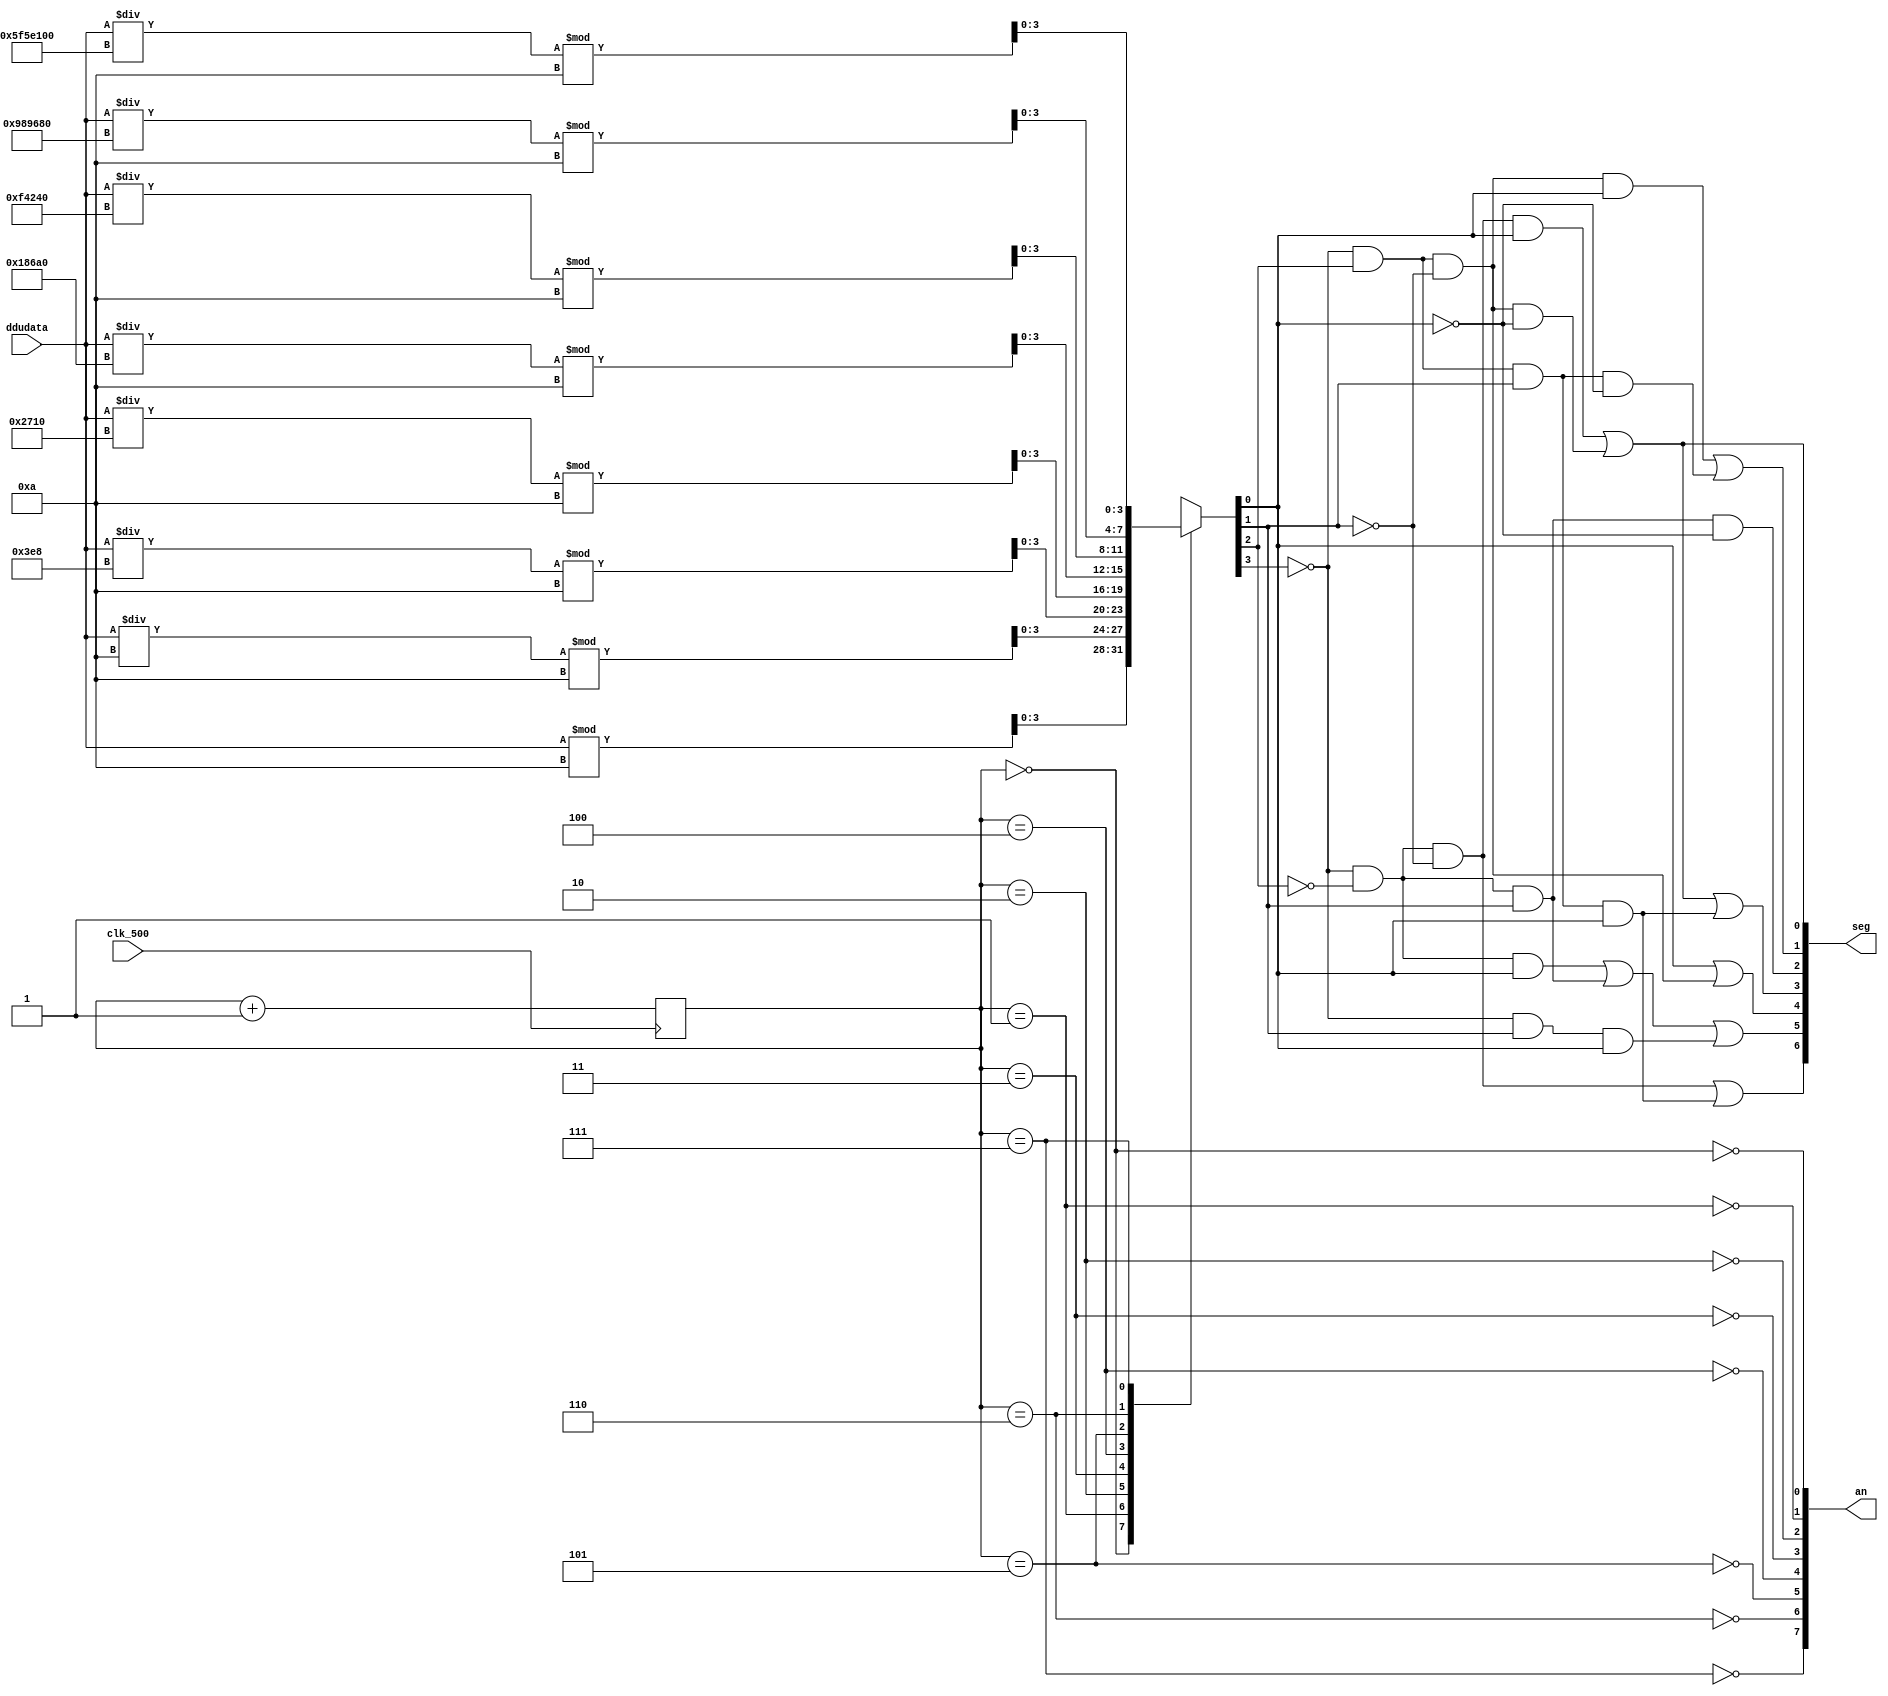
`timescale 1ns / 1ps
//////////////////////////////////////////////////////////////////////////////////
// Company: 
// Engineer: 
// 
// Design Name: 
// Module Name: DDU_display
// Project Name: 
// Target Devices: 
// Tool Versions: 
// Description: 
// 
// Dependencies: 
// 
// Revision:
// Revision 0.01 - File Created
// Additional Comments:
// 
//////////////////////////////////////////////////////////////////////////////////


module DDU_display(
    input clk_500,
    input [31:0] ddudata,
    output [7:0] an,
    output [6:0] seg
    );
    wire [3:0] dt [0:7];
    wire [3:0] m;
    reg [2:0] cnt;
    
    assign an[0] = ~(cnt==0);
    assign an[1] = ~(cnt==1);
    assign an[2] = ~(cnt==2);
    assign an[3] = ~(cnt==3);
    assign an[4] = ~(cnt==4);
    assign an[5] = ~(cnt==5);
    assign an[6] = ~(cnt==6);
    assign an[7] = ~(cnt==7);
    assign dt[0] = ddudata%10;
    assign dt[1] = (ddudata/10) % 10;
    assign dt[2] = (ddudata/1000) % 10;
    assign dt[3] = (ddudata/10000) % 10;
    assign dt[4] = (ddudata/100000) % 10;
    assign dt[5] = (ddudata/1000000) % 10;
    assign dt[6] = (ddudata/10000000) % 10;
    assign dt[7] = (ddudata/100000000) % 10;
    assign m = dt[cnt];
    
    always @ (posedge clk_500)
    begin
        cnt <= cnt+1;
    end

    assign seg[0] = (~m[3] & ~m[2] & ~m[1] & m[0])|(~m[3] & m[2] & ~m[1] & ~m[0]);
    assign seg[1] = (~m[3] & m[2] & ~m[1] & m[0])|(~m[3] & m[2] & m[1] & ~m[0]);
    assign seg[2] = (~m[3] & ~m[2] & m[1] & ~m[0]);
    assign seg[3] = (~m[3] & ~m[2] & ~m[1] & m[0])|(~m[3] & m[2] & ~m[1] & ~m[0])|(~m[3] & m[2] & m[1] & m[0]);
    assign seg[4] = (m[0]|(~m[3] & m[2] & ~m[1]));
    assign seg[5] = (~m[3] & ~m[2] & m[0])|(~m[3] & ~m[2] & m[1]) | (~m[3] & m[1] & m[0]);
    assign seg[6] = (~m[3] & ~m[2] & ~m[1])|(~m[3] & m[2] & m[1] & m[0]);
endmodule